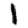
Digit: 1